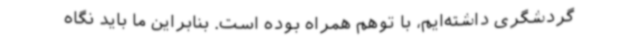
گردشگری داشته‌ایم، با توهم همراه بوده‌ است. بنابراین ما باید نگاه